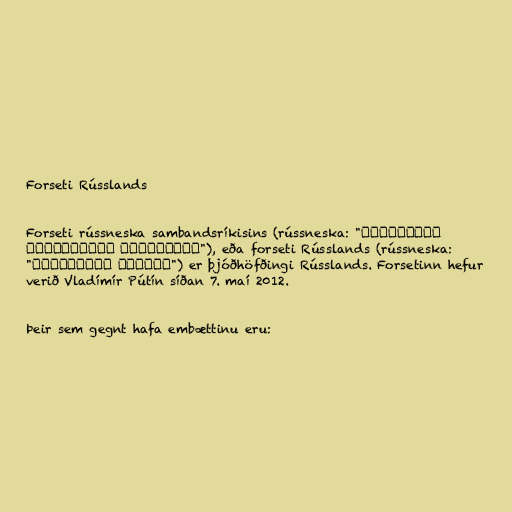
Forseti Rússlands

Forseti rússneska sambandsríkisins (rússneska: "Президент
Российской Федерации"), eða forseti Rússlands (rússneska:
"Президент России") er þjóðhöfðingi Rússlands. Forsetinn hefur
verið Vladímír Pútín síðan 7. maí 2012.

Þeir sem gegnt hafa embættinu eru: